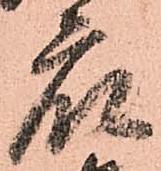
衆